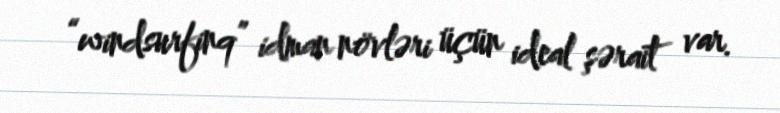
“windsurfinq” idman növləri üçün ideal şərait var.